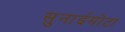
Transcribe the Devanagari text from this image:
सुनाईमोटा